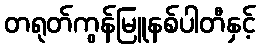
တရုတ်ကွန်မြူနစ်ပါတီနှင့်